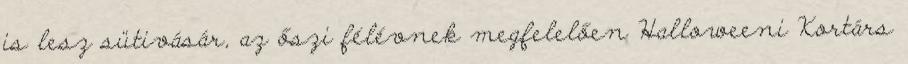
is lesz sütivásár, az őszi félévnek megfelelően Halloweeni Kortárs